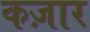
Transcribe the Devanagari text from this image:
कज़ार